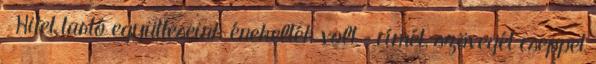
Hitet tartó együtteseink énekelték volt – címét, szövegét cseppet